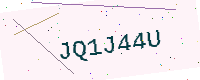
Text: JQ1J44U